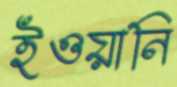
ইওয়ানি